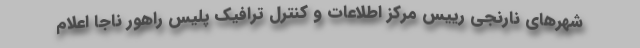
شهرهای نارنجی رییس مرکز اطلاعات و کنترل ترافیک پلیس راهور ناجا اعلام